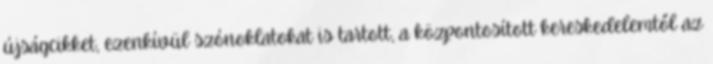
újságcikket, ezenkívül szónoklatokat is tartott, a központosított kereskedelemtől az